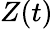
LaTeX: Z(t)